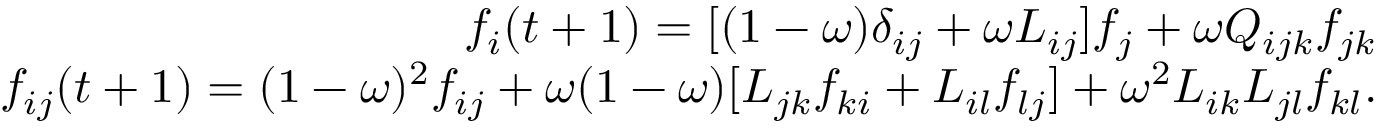
\begin{array} { r } { f _ { i } ( t + 1 ) = [ ( 1 - \omega ) \delta _ { i j } + \omega L _ { i j } ] f _ { j } + \omega Q _ { i j k } f _ { j k } } \\ { f _ { i j } ( t + 1 ) = ( 1 - \omega ) ^ { 2 } f _ { i j } + \omega ( 1 - \omega ) [ L _ { j k } f _ { k i } + L _ { i l } f _ { l j } ] + \omega ^ { 2 } L _ { i k } L _ { j l } f _ { k l } . } \end{array}